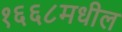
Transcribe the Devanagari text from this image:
१६६८मधील